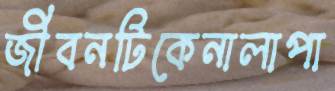
জীবনটিকেনালাপা